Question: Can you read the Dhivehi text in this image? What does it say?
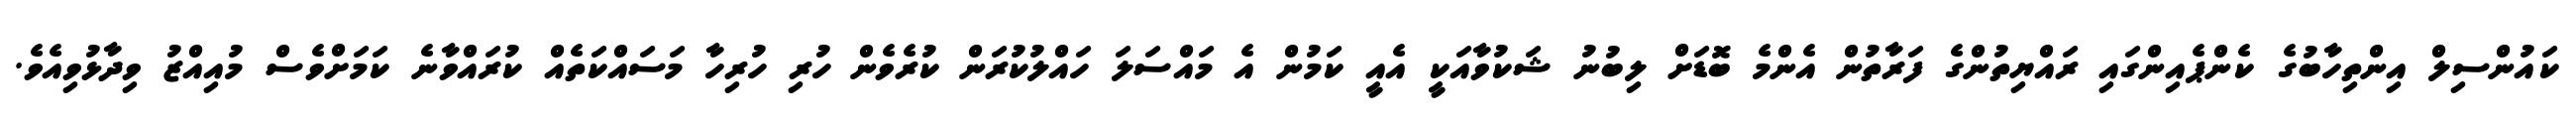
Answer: ކައުންސިލް އިންތިހާބުގެ ކެންޕެއިންގައި ރައްޔިތުންގެ ފަރާތުން އެންމެ ބޮޑަށް ލިބުނު ޝަކުވާއަކީ އެއީ ކަމުން އެ މައްސަލަ ހައްލުކުރަން ކުރެވެން ހުރި ހުރިހާ މަސައްކަތެއް ކުރައްވާނެ ކަމަށްވެސް މުއިއްޒު ވިދާޅުވިއެވެ.